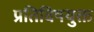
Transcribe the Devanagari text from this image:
प्रतिविषयुक्त